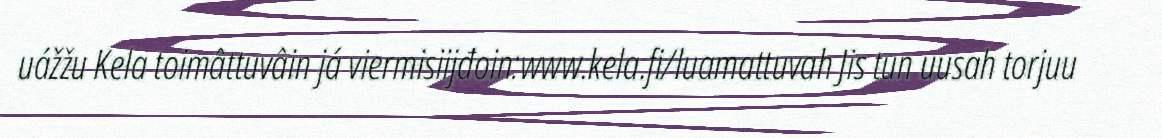
uážžu Kela toimâttuvâin já viermisiijđoin:www.kela.fi/luamattuvah Jis tun uusah torjuu